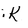
Character: K